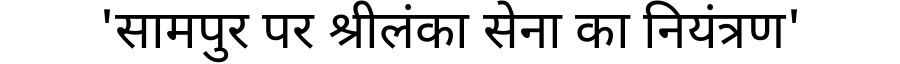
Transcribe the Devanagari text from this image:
'सामपुर पर श्रीलंका सेना का नियंत्रण'